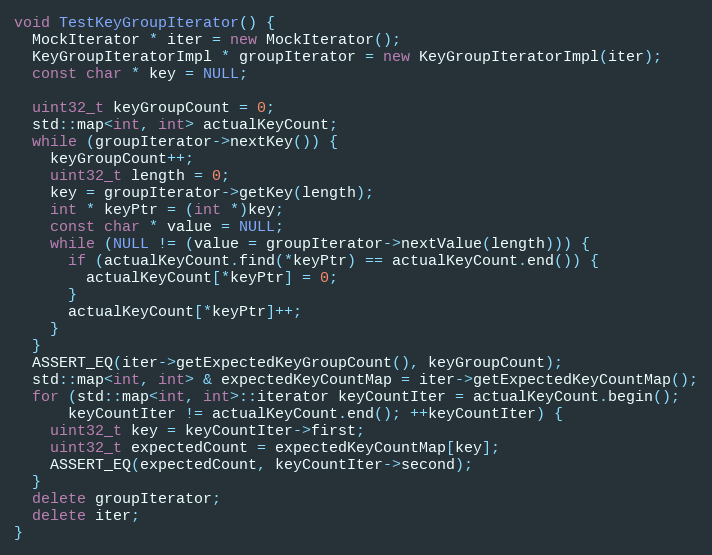
Language: C++
void TestKeyGroupIterator() {
  MockIterator * iter = new MockIterator();
  KeyGroupIteratorImpl * groupIterator = new KeyGroupIteratorImpl(iter);
  const char * key = NULL;

  uint32_t keyGroupCount = 0;
  std::map<int, int> actualKeyCount;
  while (groupIterator->nextKey()) {
    keyGroupCount++;
    uint32_t length = 0;
    key = groupIterator->getKey(length);
    int * keyPtr = (int *)key;
    const char * value = NULL;
    while (NULL != (value = groupIterator->nextValue(length))) {
      if (actualKeyCount.find(*keyPtr) == actualKeyCount.end()) {
        actualKeyCount[*keyPtr] = 0;
      }
      actualKeyCount[*keyPtr]++;
    }
  }
  ASSERT_EQ(iter->getExpectedKeyGroupCount(), keyGroupCount);
  std::map<int, int> & expectedKeyCountMap = iter->getExpectedKeyCountMap();
  for (std::map<int, int>::iterator keyCountIter = actualKeyCount.begin();
      keyCountIter != actualKeyCount.end(); ++keyCountIter) {
    uint32_t key = keyCountIter->first;
    uint32_t expectedCount = expectedKeyCountMap[key];
    ASSERT_EQ(expectedCount, keyCountIter->second);
  }
  delete groupIterator;
  delete iter;
}